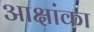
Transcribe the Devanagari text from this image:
आक्षांका